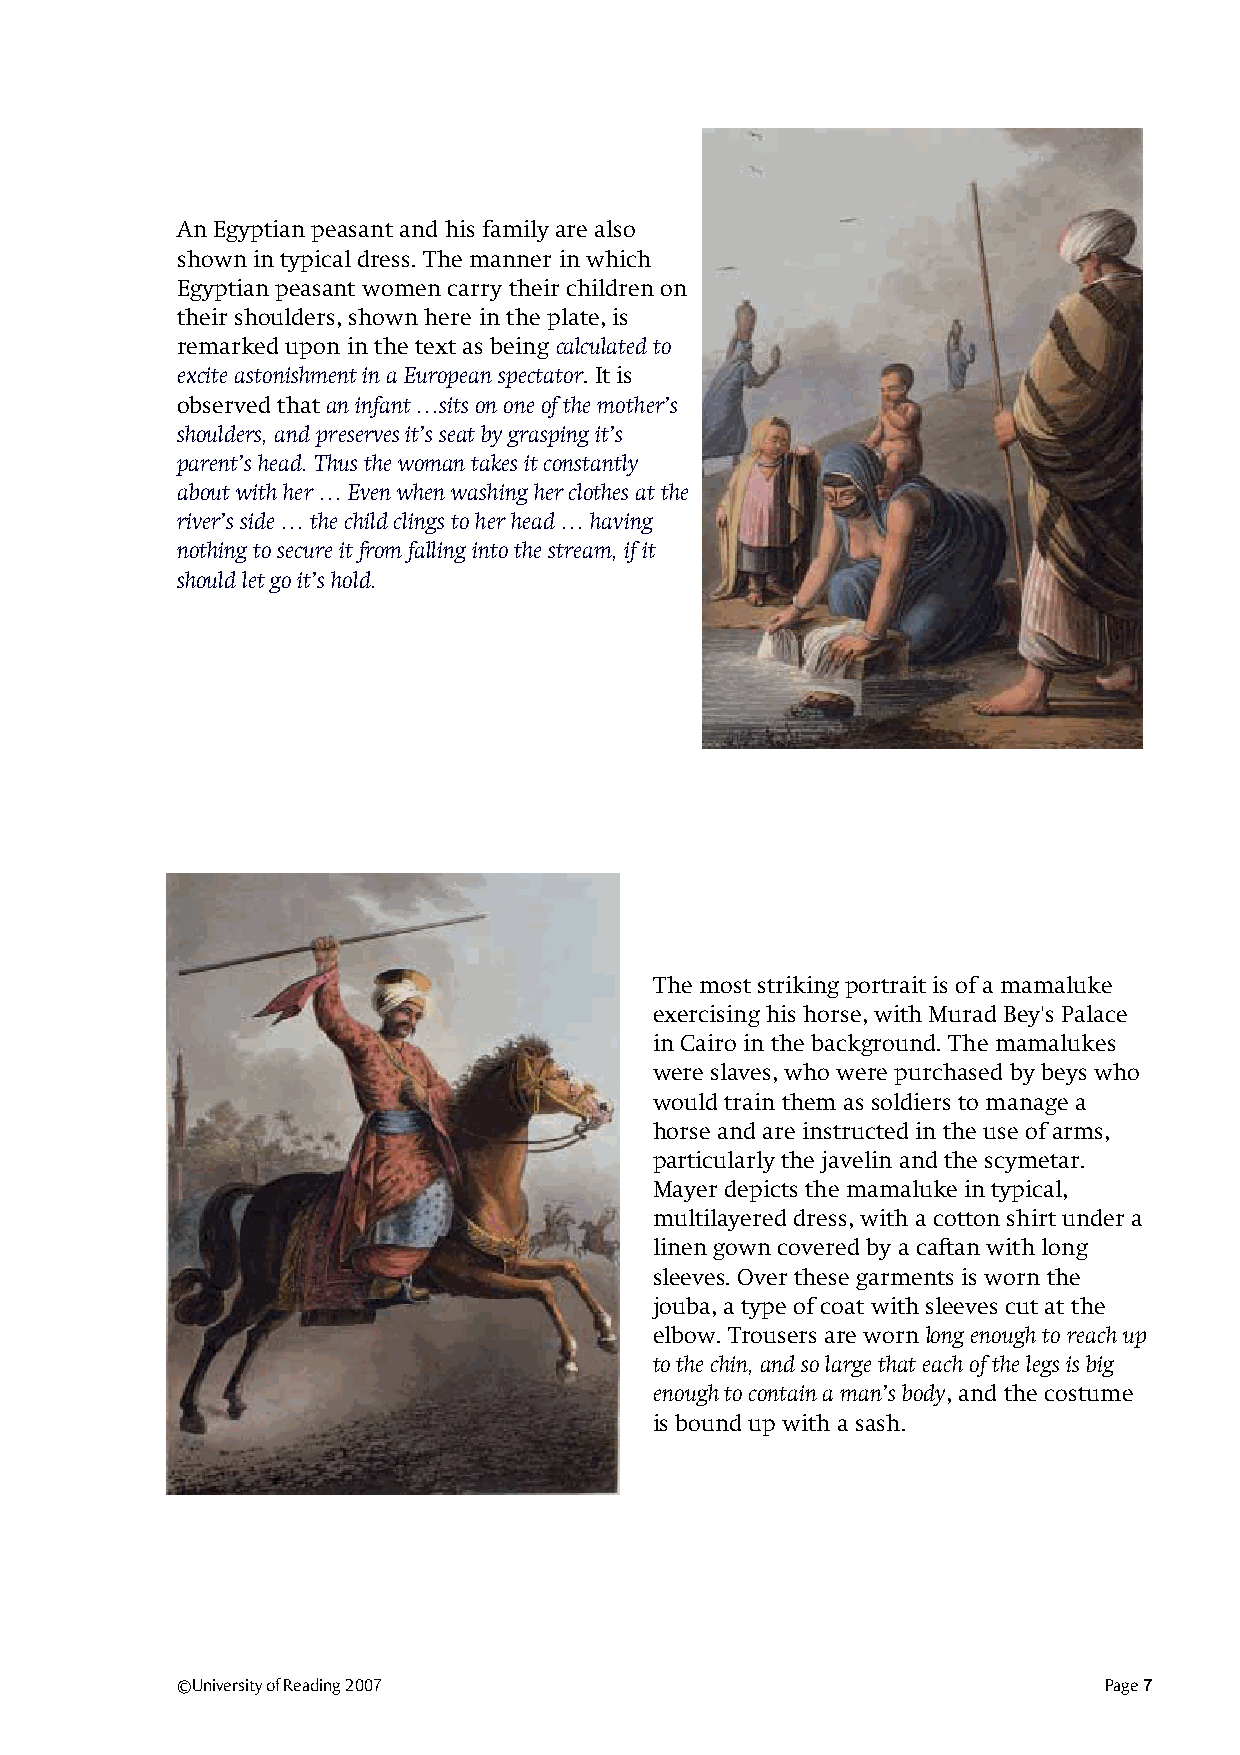
An Egyptian peasant and his family are also
 shown in typical dress. The manner in which
 Egyptian peasant women carry their children on
 their shoulders, shown here in the plate, is
 remarked upon in the text as being calculated to
 excite astonishment in a European spectator. It is
 observed that an infant …sits on one of the mother’s
 shoulders, and preserves it’s seat by grasping it’s
 parent’s head. Thus the woman takes it constantly
 about with her … Even when washing her clothes at the
 river’s side … the child clings to her head … having
 nothing to secure it from falling into the stream, if it
 should let go it’s hold.
 The most striking portrait is of a mamaluke
 exercising his horse, with Murad Bey's Palace
 in Cairo in the background. The mamalukes
 were slaves, who were purchased by beys who
 would train them as soldiers to manage a
 horse and are instructed in the use of arms,
 particularly the javelin and the scymetar.
 Mayer depicts the mamaluke in typical,
 multilayered dress, with a cotton shirt under a
 linen gown covered by a caftan with long
 sleeves. Over these garments is worn the
 jouba, a type of coat with sleeves cut at the
 elbow. Trousers are worn long enough to reach up
 to the chin, and so large that each of the legs is big
 enough to contain a man’s body, and the costume
 is bound up with a sash.
 ©University of Reading 2007                                  Page 7